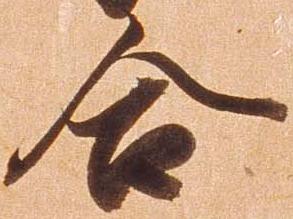
合